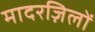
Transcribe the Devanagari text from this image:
मादरज़िलों